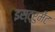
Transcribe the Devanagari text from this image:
इस्ट्रुमेंट